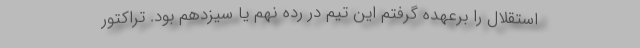
استقلال را برعهده گرفتم این تیم در رده نهم یا سیزدهم بود. تراکتور